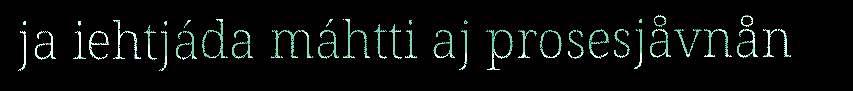
ja iehtjáda máhtti aj prosesjåvnån